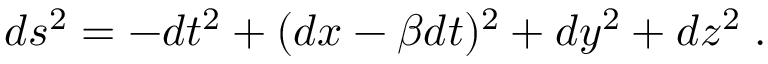
d s ^ { 2 } = - d t ^ { 2 } + ( d x - \beta d t ) ^ { 2 } + d y ^ { 2 } + d z ^ { 2 } \; .